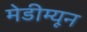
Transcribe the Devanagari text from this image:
मेडीम्यून